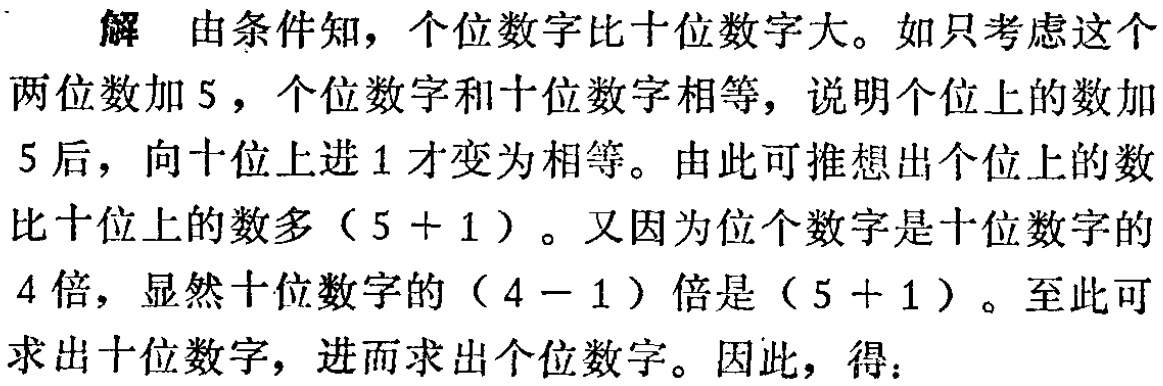
解 由条件知，个位数字比十位数字大。如只考虑这个

两位数加 \(5\)，个位数字和十位数字相等，说明个位上的数加

\(5\) 后，向十位上进 \(1\) 才变为相等。由此可推想出个位上的数

比十位上的数多 \((5 + 1)\)。又因为位个数字是十位数字的

\(4\) 倍，显然十位数字的 \((4 - 1)\) 倍是 \((5 + 1)\)。至此可

求出十位数字，进而求出个位数字。因此，得：